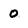
Character: 0